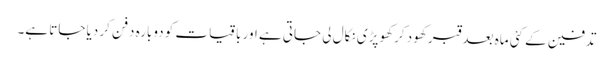
تدفین کے کئی ماہ بعد قبر کھود کر کھوپڑی نکال لی جاتی ہے اور باقیات کو دوبارہ دفن کر دیا جاتا ہے۔